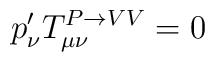
p^{\prime}_\nu T^{P\rightarrow VV}_{\mu \nu} =0